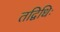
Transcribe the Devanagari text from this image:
तद्विधिः